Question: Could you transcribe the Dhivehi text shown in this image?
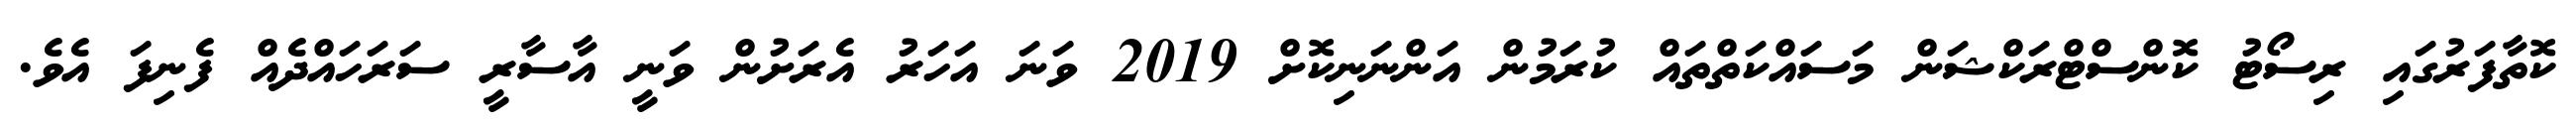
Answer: ކޮތާފަރުގައި ރިސޯޓު ކޮންސްޓްރަކްޝަން މަސައްކަތްތައް ކުރަމުން އަންނަނިކޮށް 2019 ވަނަ އަހަރު އެރަށުން ވަނީ އާސާރީ ސަރަހައްދެއް ފެނިފަ އެވެ.